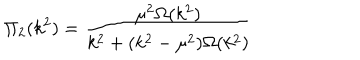
LaTeX: \Pi _ { 2 } ( k ^ { 2 } ) = \frac { \mu ^ { 2 } \Omega ( k ^ { 2 } ) } { k ^ { 2 } + ( k ^ { 2 } - \mu ^ { 2 } ) \Omega ( k ^ { 2 } ) }